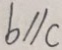
b / / c